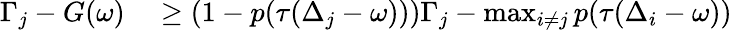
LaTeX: \begin{array}{rl}{\Gamma_{j}-G(\omega)}&{{}\geq(1-p(\tau(\Delta_{j}-\omega)))\Gamma_{j}-\operatorname*{max}_{i\neq j}p(\tau(\Delta_{i}-\omega))}\end{array}